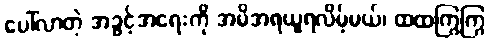
ပေါ်လာတဲ့ အခွင့်အရေးကို အမိအရယူရလိမ့်မယ်၊ ထထကြွကြွ